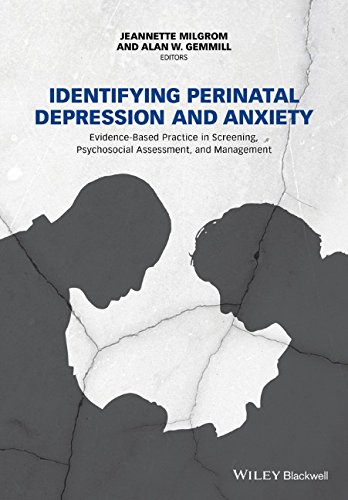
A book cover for Identifying Perinatal Depression and Anxiety: Evidence-based Practice in Screening, Psychosocial Assessment and Management; Health, Fitness & Dieting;